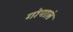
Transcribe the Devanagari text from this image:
गोपालं